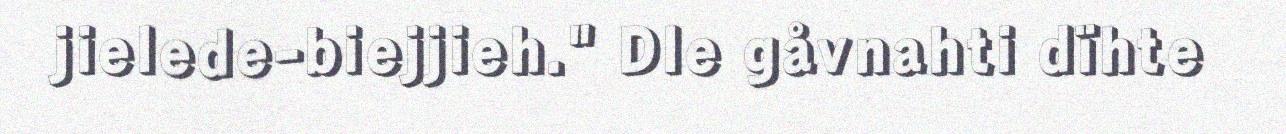
jielede-biejjieh." Dle gåvnahti dïhte